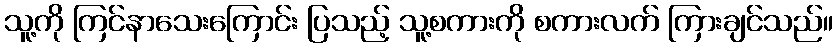
သူ့ကို ကြင်နာသေးကြောင်း ပြသည့် သူ့စကားကို စကားလက် ကြားချင်သည်။